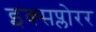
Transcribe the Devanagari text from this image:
इक्सप्लोरर